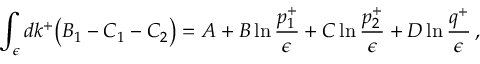
\int _ { \epsilon } d k ^ { + } \big ( B _ { 1 } - C _ { 1 } - C _ { 2 } \big ) = A + B \ln { \frac { p _ { 1 } ^ { + } } { \epsilon } } + C \ln { \frac { p _ { 2 } ^ { + } } { \epsilon } } + D \ln { \frac { q ^ { + } } { \epsilon } } \, ,